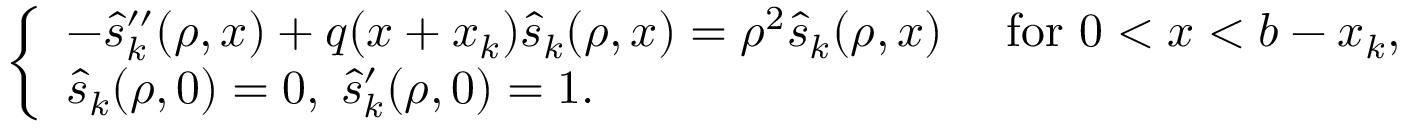
\left\{ \begin{array} { l l } { - \widehat { s } _ { k } ^ { \prime \prime } ( \rho , x ) + q ( x + x _ { k } ) \widehat { s } _ { k } ( \rho , x ) = \rho ^ { 2 } \widehat { s } _ { k } ( \rho , x ) \quad \mathrm { ~ f o r ~ } 0 < x < b - x _ { k } , } \\ { \widehat { s } _ { k } ( \rho , 0 ) = 0 , \; \widehat { s } _ { k } ^ { \prime } ( \rho , 0 ) = 1 . } \end{array} \right.